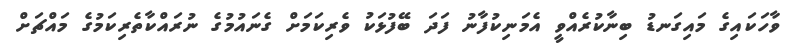
ވާހަކައިގެ މައިގަނޑު ބިނާކުރެއްވީ އެމަނިކުފާނު ފަދަ ބޭފުޅަކު ވެރިކަމަށް ގެނައުމުގެ ނުރައްކާތެރިކަމުގެ މައްޗަށް